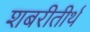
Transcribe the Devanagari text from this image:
शबरीतीर्थ